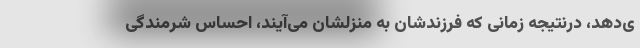
ی‌دهد، درنتیجه زمانی که فرزندشان به منزلشان می‌آیند، احساس شرمندگی